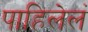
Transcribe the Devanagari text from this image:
पाहिलेलं